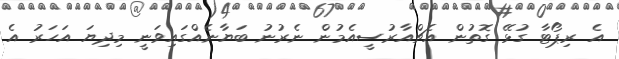
އެ ރިޕޯޓާ ގުޅޭ ގޮތުން އެޗްއާރުސީއެމުން ނެރުނު ބަޔާނެއްގައިވަނީ މިދިޔަ އަހަރު އެ